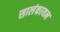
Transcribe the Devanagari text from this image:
सालंकायन